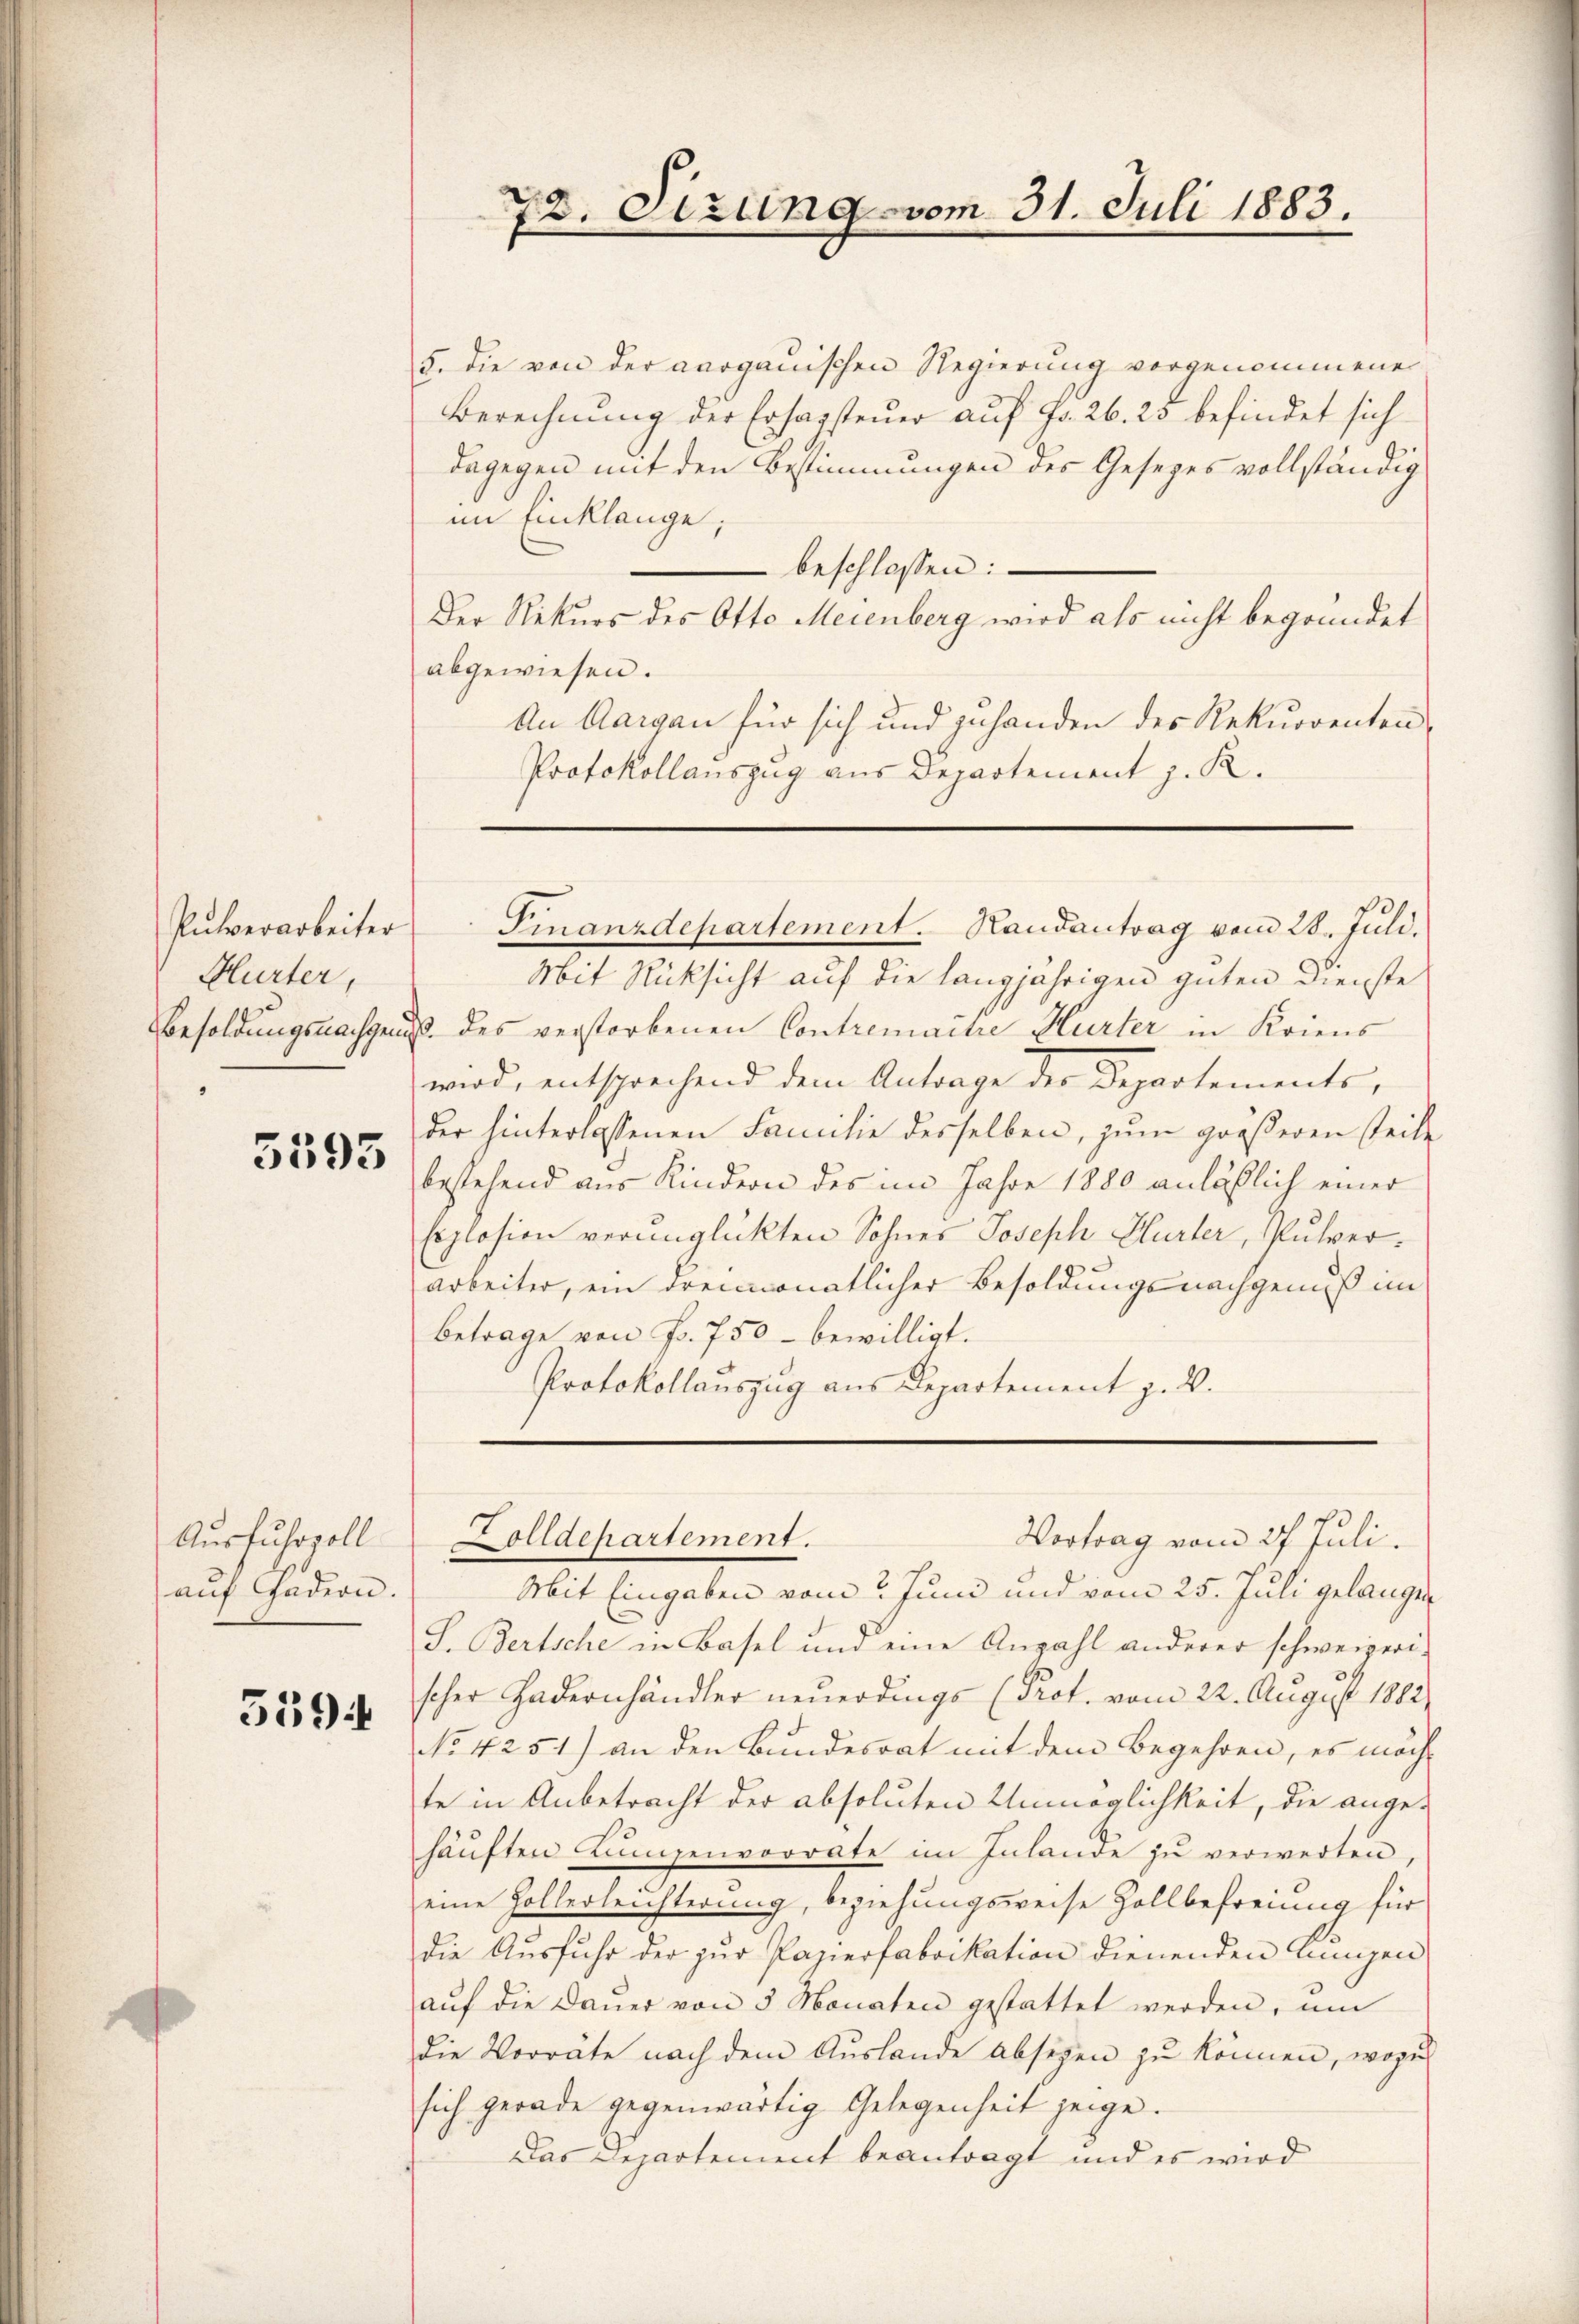
Pulverarbeiter
Hurter,

5595

Ausfuhrzoll
auf Gadern.
559

5. die von der aargauischen Regierung vorgenommene
Berechnung der Ersagsteuer auf Fr. 26. 23 befindet sich
dagegen mit den Bestimmungen des Gesezes vollständig
im Einklange,
beschlossen:
Der Rekurs des Otto Meienberg wird als nicht begründet
abgewiesen.
An Aargau für sich und zuhanden des Rekurrenten¬
Protokollauszug aus Departement z. R.
Finanzdepartement. Kandantrag vom 28. Juli.
Mit Rücksicht auf die langjährigen guten Dienste
Besoldungsnachgenuß des verstorbenen Contremache Hurter in Kriens
wird, entsprechend dem Antrage der Departements,
der hinterlassenen Familie desselben, zum größeren Teile
bestehend aus Kindern des im Jahre 1880 anläßlich einer
Explosion verunglückten Sohnes Joseph Hurter, Pulverarbeiter, ein dreimonatlicher Besoldungsnachgenuß im
Betrage von Fr. 750 - bewilligt.
Protokollauszug aus Departement z. B.

72. Sizung vom 31. Juli 1883.

Vortrag vom 27. Juli.
Zolldepartement.

Mit Eingaben vom 2 Juni und vom 25. Juli gelangen
S. Bertsche in Basel und eine Anzahl anderer schweizerischer Hadernhändler neuerdings (Prot. vom 22. August 1882
No 4251) an den Bundesrat mit dem Begehren, es möch-
te in Anbetracht der absoluten Unmöglichkeit, die ange-
häŭften Linzenvorrate im Inlande zŭ verwerten,
eine Hollerleichterung, beziehungsweise Zollbefreiung für
die Ausfuhr der zur Papierfabrikation dienenden Lungen
aŭf die Daŭer von 3 Monaten gestattet werden, ŭm
die Vorräte nach dem Auslande absehen zu können, wozu
sich gerade gegenwärtig Gelegenheit zeige.
Das Departement beantragt und es wird